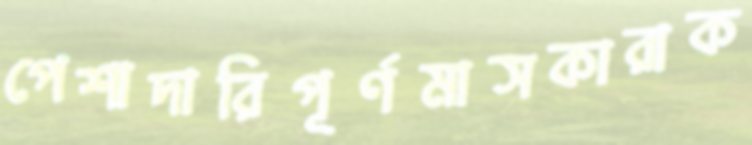
পেশাদারিপূর্ণমাসকারাক